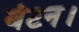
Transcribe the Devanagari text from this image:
बंटन।